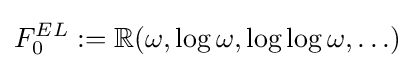
F_{0}^{EL}:=\mathbb {R} (\omega ,\log \omega ,\log \log \omega ,\ldots )